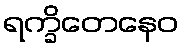
ရက္ခိတေနေဝ